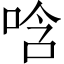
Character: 唅